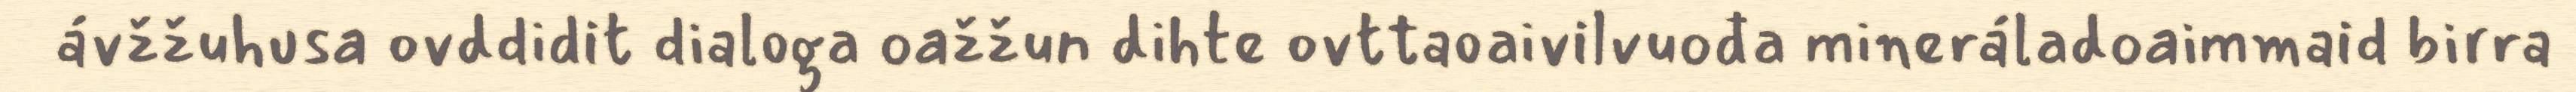
ávžžuhusa ovddidit dialoga oažžun dihte ovttaoaivilvuođa mineráladoaimmaid birra